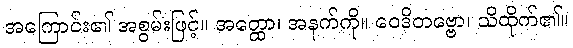
အကြောင်း၏ အစွမ်းဖြင့်။ အတ္ထော၊ အနက်ကို။ ဝေဒိတဗ္ဗော၊ သိထိုက်၏။